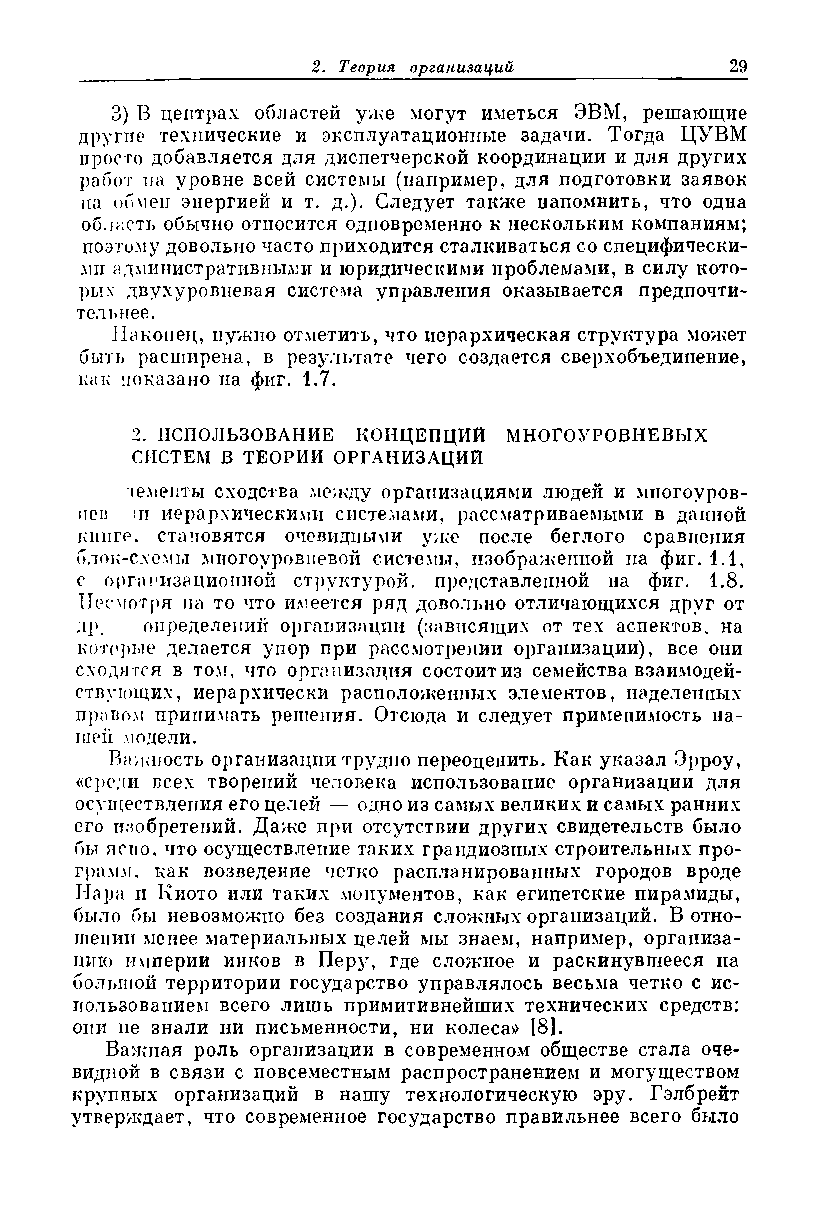
3)   В центрах областей уже могут иметься ЭВМ, решающие
 другие технические и эксплуатационные задачи. Тогда ЦУВМ
 просто добавляется для диспетчерской координации и для других
 работ па уровне всей системы (например, для подготовки заявок
 на обмен энергией и т. д.). Следует также напомнить, что одна
 область обычно относится одновременно к нескольким компаниям;
 поэтому довольно часто приходится сталкиваться со специфически­
 ми административныдш и юридическими проблемами, в силу кото­
 рых двухуровневая система управления оказывается предпочти­
 тельнее.
 Наконец, нужно отметить, что иерархическая структура может
 быть расширена, в результате чего создается сверхобъедииение,
 как показано на фиг. 1.7.
 2. ИСПОЛЬЗОВАНИЕ КОНЦЕПЦИЙ МНОГОУРОВНЕВЫХ
 СИСТЕМ В ТЕОРИИ ОРГАНИЗАЦИЙ
 земепты сходства между организациями людей и многоуров-
 нев тт иерархическими системами, рассматриваемыми в данной
 книге, становятся очевидными уже после беглого сравнения
 блок-схемы многоуровневой системы, изображенной па фиг. 1.1,
 с организационной структурой, представленной на фиг. 1.8.
 Несмотря па то что имеется ряд довольно отличающихся друг от
 др,  определений организации (зависящих от тех аспектов, на
 которые делается упор при рассмотрении организации), все они
 сходится в том, что организация состоит из семейства взаимодей­
 ствующих, иерархически расположенных элементов, наделенных
 правом принимать решения. Отсюда и следует применимость на­
 шей модели.
 Важность организации трудно переоценить. Как указал Эрроу,
 «среди всех творений человека использование организации для
 осуществления его целей — одно из самых великих и самых ранних
 его изобретений. Даже при отсутствии других свидетельств было
 бы ясно, что осуществление таких грандиозных строительных про­
 грамм, как возведение четко распланированных городов вроде
 Пара н Киото или таких .монументов, как египетские пирамиды,
 было бы невозможно без создания сложных организаций. В отно­
 шении менее материальных целей мы знаем, например, организа­
 цию империи инков в Перу, где сложное и раскинувшееся на
 большой территории государство управлялось весьма четко с ис­
 пользованием всего лишь примитивнейших технических средств:
 они не знали ни письменности, ни колеса>> [8].
 Важная роль организации в современном обществе стала оче­
 видной в связи с повсеместным распространением и могуществом
 круппых организаций в нашу технологическую эру. Гэлбрейт
 утверждает, что современное государство правильнее всего было